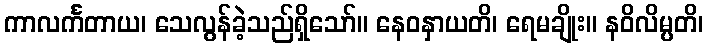
ကာလင်္ကတာယ၊ သေလွန်ခဲ့သည်ရှိသော်။ နေဝနှာယတိ၊ ရေမချိုး။ နဝိလိမ္ပတိ၊